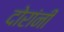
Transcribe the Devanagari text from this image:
दोरांनी